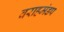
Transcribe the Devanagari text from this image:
वराहमंडप